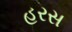
હરસ